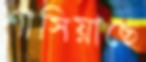
শাসিয়াছে